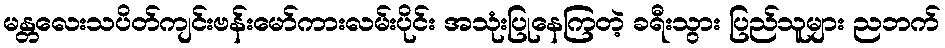
မန္တလေးသပိတ်ကျင်းဗန်းမော်ကားလမ်းပိုင်း အသုံးပြုနေကြတဲ့ ခရီးသွား ပြည်သူများ ညဘက်